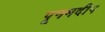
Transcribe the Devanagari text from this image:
पूनमदीप